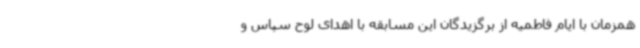
همزمان با ایام فاطمیه از برگزیدگان این مسابقه با اهدای لوح سپاس و